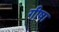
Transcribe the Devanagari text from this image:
गीषा